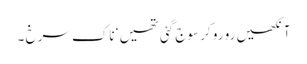
آنکھیں رو رو کر سوج گئی تھیں ‘ ناک سرخ ۔